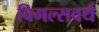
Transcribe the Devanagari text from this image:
विगल्सवर्थ